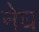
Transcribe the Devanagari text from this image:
नेघ